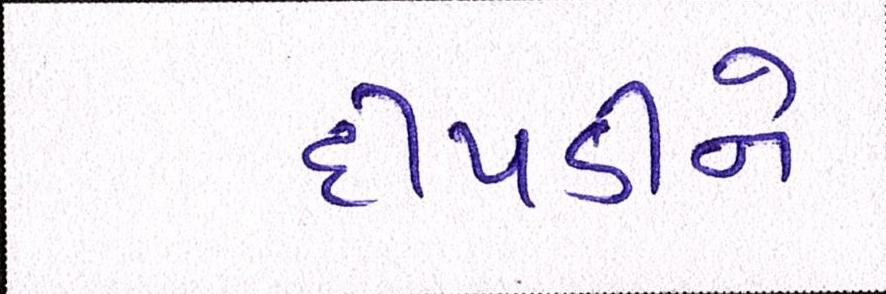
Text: દીપડીને